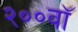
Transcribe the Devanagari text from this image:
२००वॉ